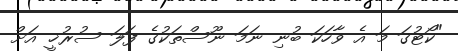
"ކޯޓުގަ މަ އެ ވާހަކަ ބުނި ނަމަ ނޫސްތަކުގެ ފަލަ ސުރުޚީ އަށް